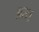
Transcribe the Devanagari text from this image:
अस।